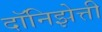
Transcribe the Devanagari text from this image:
दॉनिझेत्ती